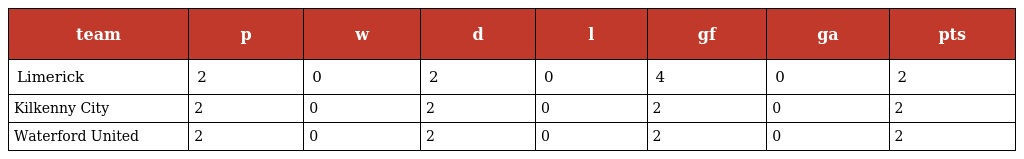
| team | p | w | d | l | gf | ga | pts |
 | --- | --- | --- | --- | --- | --- | --- | --- |
 | Limerick | 2 | 0 | 2 | 0 | 4 | 0 | 2 |
 | Kilkenny City | 2 | 0 | 2 | 0 | 2 | 0 | 2 |
 | Waterford United | 2 | 0 | 2 | 0 | 2 | 0 | 2 |